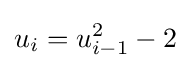
u_{i}=u_{i-1}^{2}-2